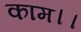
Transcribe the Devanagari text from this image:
काम।।